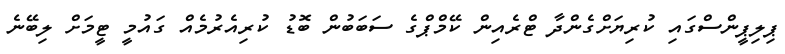
ޕިލިޕީންސްގައި ކުރިޔަށްގެންދާ ޓްރެއިން ކޭމްޕްގެ ސަބަބުން ބޮޑު ކުރިއެރުމެއް ގައުމީ ޓީމަށް ލިބޭނެ